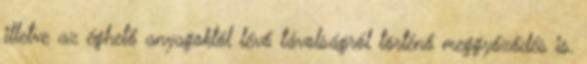
illetve az éghető anyagoktól lévő távolságról történő meggyőződés is.